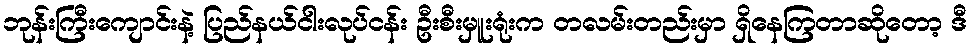
ဘုန်းကြီးကျောင်းနဲ့ ပြည်နယ်ငါးလုပ်ငန်း ဦးစီးမှူးရုံးက တလမ်းတည်းမှာ ရှိနေကြတာဆိုတော့ ဒီ